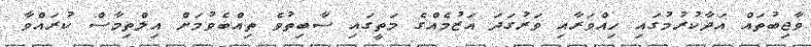
ވާޖިބުތައް އަދާކުރުމުގައި ހިއްވަރާއި ވަރުގަދަ އަޒުމެއްގެ މަތީގައި ސާބިތުވެ ތިއްބެވުމަށް އިލްތިމާސް ކުރައްވާ